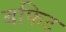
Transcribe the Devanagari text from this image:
बफिट